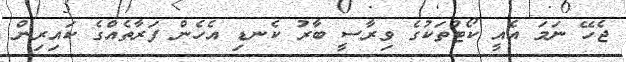
ޖެހޭ ނަމަ އެއީ ކޯޓުތަކުގެ ވިރާސީ ބާރު ކެނޑި އެހެން ފަރާތެއްގެ ކައިރިން